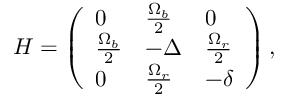
H = \left( \begin{array} { l l l } { 0 } & { \frac { \Omega _ { b } } { 2 } } & { 0 } \\ { \frac { \Omega _ { b } } { 2 } } & { - \Delta } & { \frac { \Omega _ { r } } { 2 } } \\ { 0 } & { \frac { \Omega _ { r } } { 2 } } & { - \delta } \end{array} \right) ,